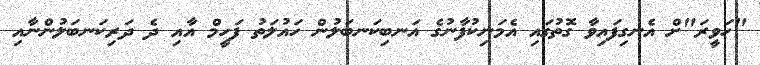
"ހަވީރަ"ށް އެނގިފައިވާ ގޮތުގައި އެމަނިކުފާނުގެ އަނބިކަނބަލުން ހައުލަތު ފަހީމް އާއި ދެ ދަރިކަނބަލުންނާއި